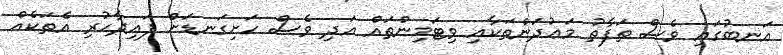
އަނބުގައި ވެސް ތަފާތު މަޢުދަންތަކާއި ވިޓަމިންތައް އަދި ވެސް ހަށިގަނޑަށް ފައިދާހުރި އެތަކެއް